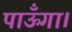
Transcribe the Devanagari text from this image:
पाऊँगा।